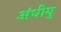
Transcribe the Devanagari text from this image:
अंधीयु